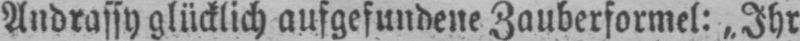
Andrassy glücklich aufgefundene Zauberformel: „Ihr